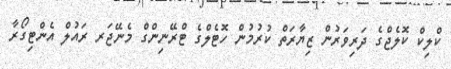
ކްލިކް ކޮލެޖްގެ ދަރިވަރުން ޒިޔާރަތް ކުރުމުން ހޮޓެލްގެ ޓްރޭނިންގް މެނޭޖަރ ރައުލް އެންޓިގޯރާ